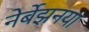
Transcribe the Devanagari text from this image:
नेर्बेझनया